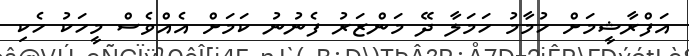
އަފްރާޝީމަށް ހުމާމު ހަމަލާ ދޭ މަންޒަރު ފެނުނު ކަމަށް އެއްވެސް މީހަކު ހެކި